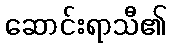
ဆောင်းရာသီ၏